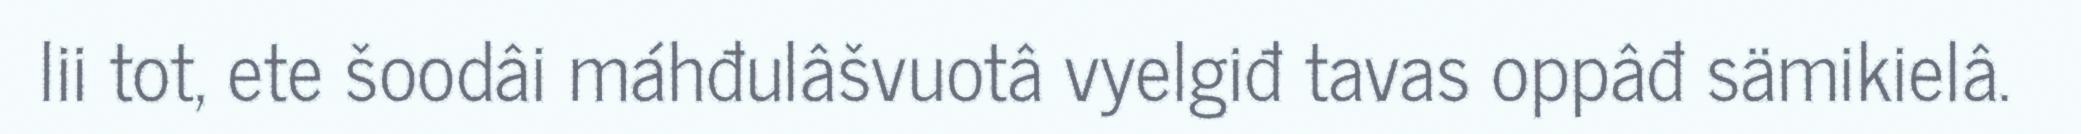
lii tot, ete šoodâi máhđulâšvuotâ vyelgiđ tavas oppâđ sämikielâ.